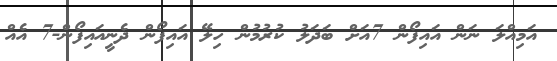
އަމިއްލަ ނަން އައިފޯން 7އަށް ބަދަލު ކުރުމުން ހިލޭ އައިފޯން ދެނީއައިފޯން-7 އެއް